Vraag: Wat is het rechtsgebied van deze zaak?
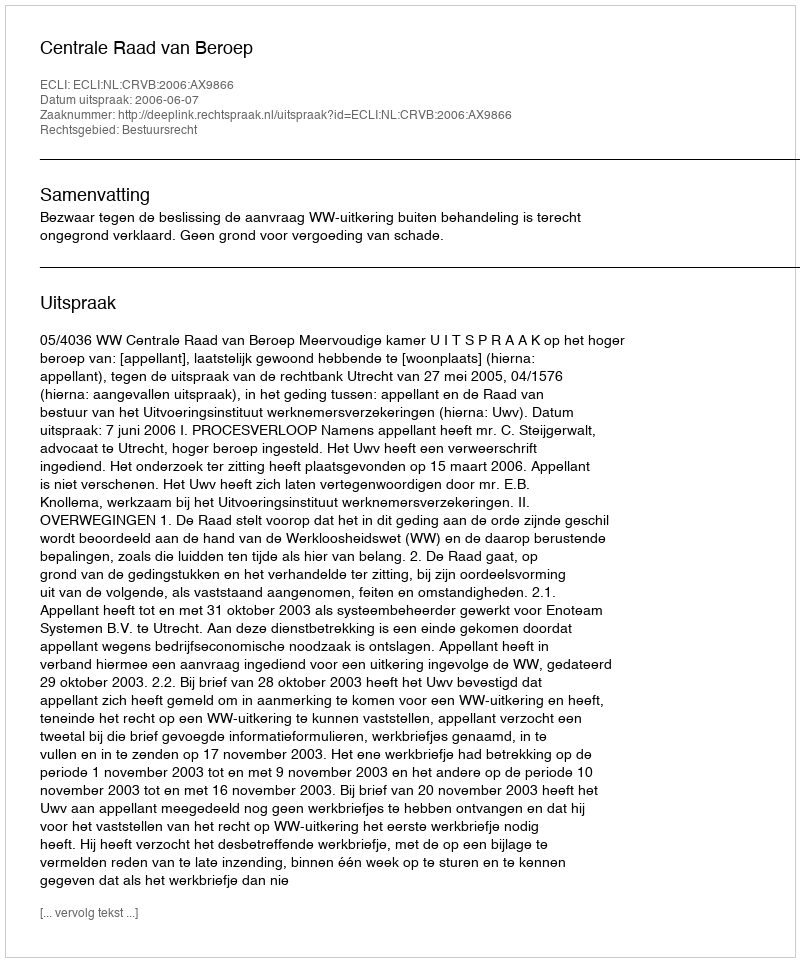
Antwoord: Bestuursrecht